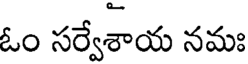
ఓం సర్వేశాయ నమః